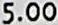
5.00